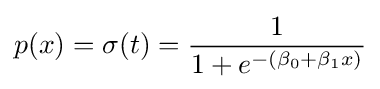
p(x)=\sigma (t)={\frac {1}{1+e^{-(\beta _{0}+\beta _{1}x)}}}